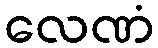
လေဏံ